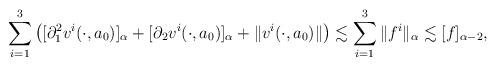
LaTeX: \begin{align*}\displaystyle\sum_{i=1}^3 \left( [ \partial_1^2 v^{i}(\cdot, a_0) ]_{\alpha} + [ \partial_2 v^{i}(\cdot, a_0) ]_{\alpha} + \|v^i(\cdot, a_0) \| \right) \lesssim \sum_{i = 1}^3 \|f^i\|_{\alpha} \lesssim [ f ]_{\alpha -2},\end{align*}